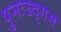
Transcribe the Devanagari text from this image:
पुनःउद्गम